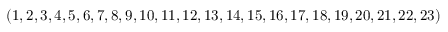
( 1 , 2 , 3 , 4 , 5 , 6 , 7 , 8 , 9 , 1 0 , 1 1 , 1 2 , 1 3 , 1 4 , 1 5 , 1 6 , 1 7 , 1 8 , 1 9 , 2 0 , 2 1 , 2 2 , 2 3 )